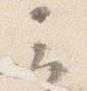
云